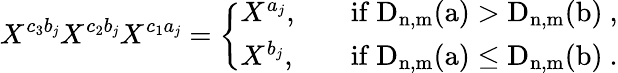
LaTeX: X^{c_{3}b_{\mathit{j}}}X^{c_{2}b_{\mathit{j}}}X^{c_{1}a_{\mathit{j}}}=\left\{ \begin{array}{ll}{X^{a_{j}},}&{\quad\mathrm{if~\mathrm{D}_{n,m}(a)>\mathrm{D}_{n,m}(b)~},}\\ {X^{b_{j}},}&{\quad\mathrm{if~\mathrm{D}_{n,m}(a)\leq\mathrm{D}_{n,m}(b)~}.}\end{array}\right.